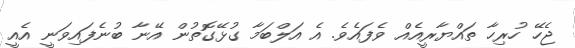
ޖެހޭ ހުރިހާ ތައްޔާރީއެއް ވެފައެވެ. އެ އަލްބަމާ ގުޅޭގޮތުން އޭނާ ބުނެފައިވަނީ އެއީ